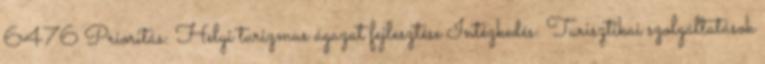
6476 Prioritás: Helyi turizmus ágazat fejlesztése Intézkedés: Turisztikai szolgáltatások